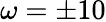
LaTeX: \omega=\pm 10